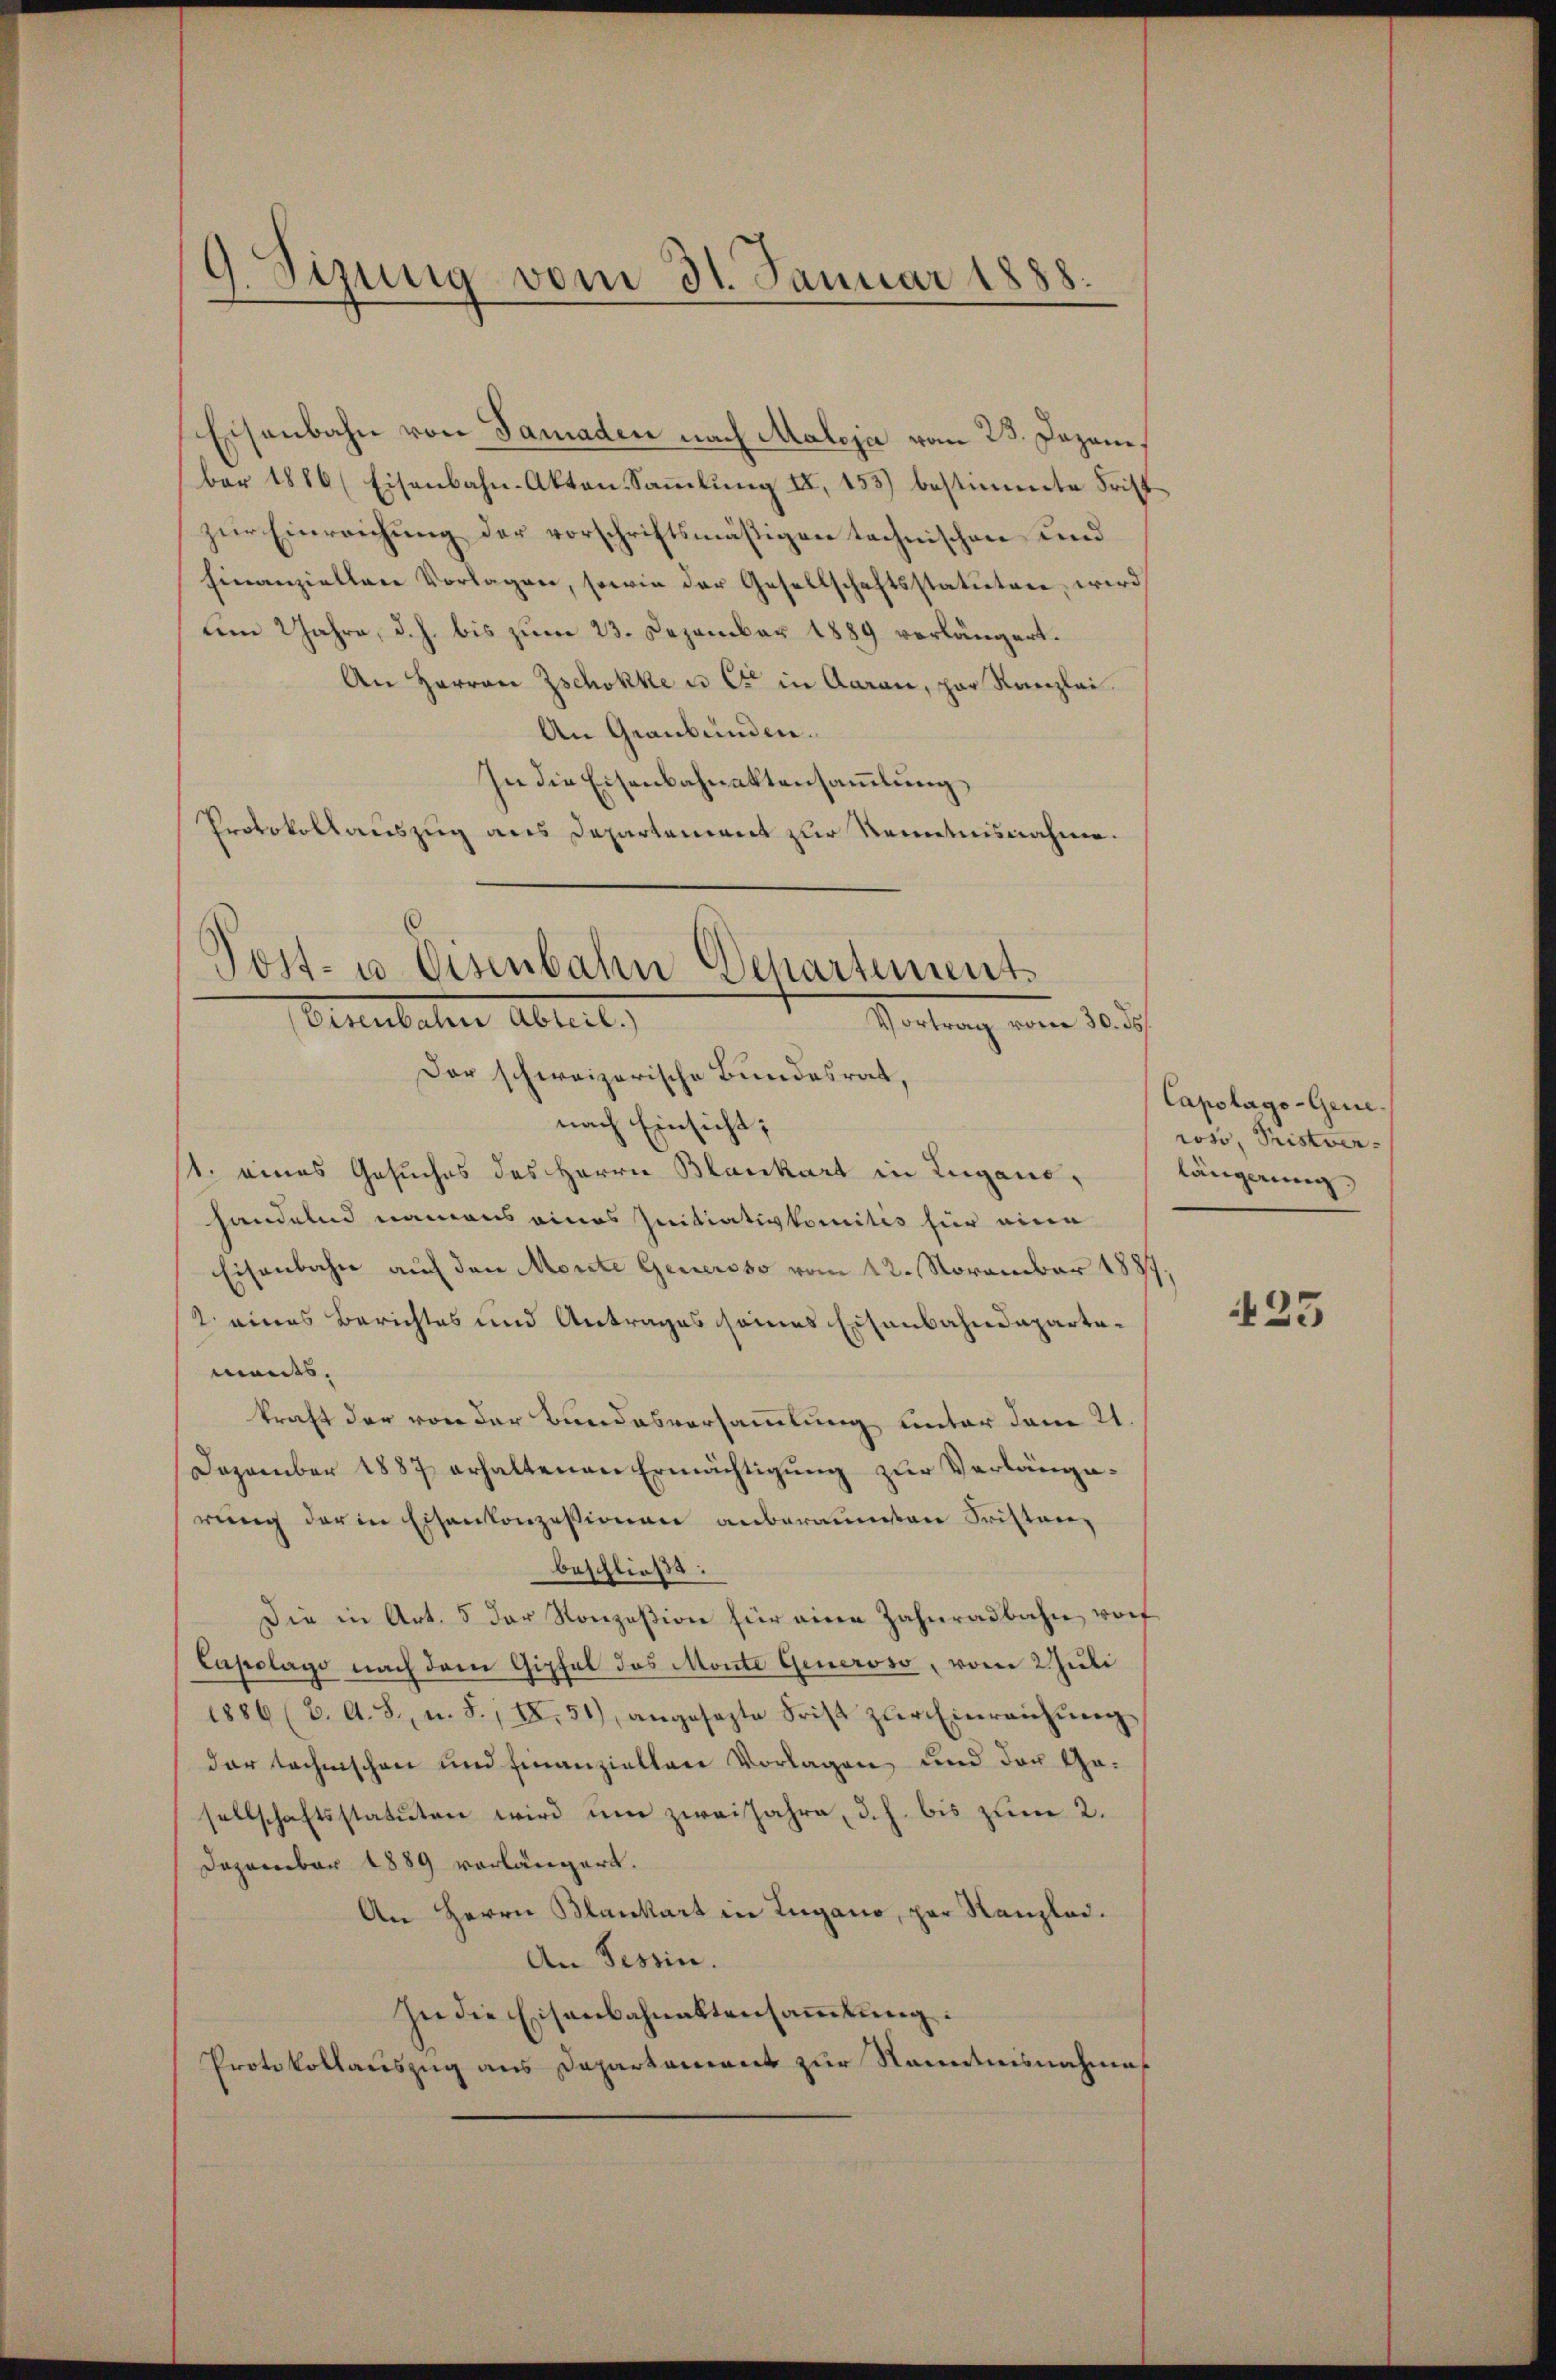
9. Sizung vom 31. Januar 1888.

Eisenbahn von Samaden nach Maloja vom 23. Dezani
ber 1886 (Eisenbahn-Akten-Sammlung II, 153) bestimmte Frist
zur Einreichung der vorschriftsmäßigen technischen und
Einanziellen Vorlagen, sowie der Gesellschaftsstatutare, wird
um Jahre, d. h. bis zum 23. Dezember 1889 verlängert.
An Herren Zschokke u. Cie in Aarau, par Kanzlei
An Graubünden.
In die Eisenbahnaktensammlung
Protokollauszug aus Departement zur Kenntnisnahme.
6

Post- u. Eisenbahn Departement
Senulaten Abreit,
Portung vom 10.
Der schweizerische Bundesrat,
nach Einsicht;

st. eines Gesuches des Herrn Blankart in Lugano,
handelnd namens eines seitiativkomites für eine
Eisenbahn auf den Monte Generoso vom 12. November 1889
2 eines Berichtes und Antrages seines Eisenbahndepartements.
kraft der von der Bundesversammlung unter dem 21.
Dezember 1887 erhaltenen Ermächtigung zur Verlänge-
rŭng der in Eisenkonzessionen anberaumten Fristanz
beschließt:
Die in Art. 5 der Konzesion für eine Zahnradbahn vorf
Capelago nach dem Gipfel das Monte Generoso, vom 2 Juli
1886 (2. A. S., n. F. IX. 51), angesezte Frist zŭr Einreichŭng
dar technischen und finanziellen Vorlagen und der Gesellschaftsstatuten wird um zweijahre, d. h. bis zum 2.
Dezember 1889 vorlängert.
An Herrn Blankart in Lugano, par Kanzlei.
An Tessin.
sie die Eisenbahnaktensammlung:
Protokollauszug aus Departement zur Kenntnisnahme

Capotage-Generoso, Pristver-
längerung

25